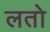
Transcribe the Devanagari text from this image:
लतो